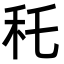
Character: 秅